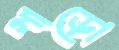
গাড়ো